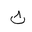
Letter: _tha